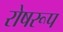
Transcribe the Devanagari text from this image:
रोषरूप